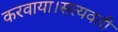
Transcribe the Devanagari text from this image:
करवाया।सत्यवती